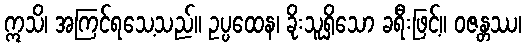
ဣသိ၊ အကြင်ရသေ့သည်။ ဥပ္ပထေန၊ ခိုးသူရှိသော ခရီးဖြင့်။ ဝဇန္တဿ၊